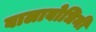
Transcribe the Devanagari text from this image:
बालाबोधिनी